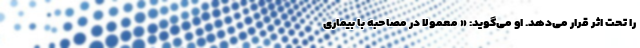
را تحت اثر قرار می‌دهد. او می‌گوید: « معمولاً در مصاحبه با بیماری